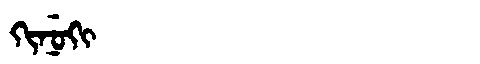
Manchu: ᡴᡳᠨᡠᡴᡳ
Romanization: KINUKI